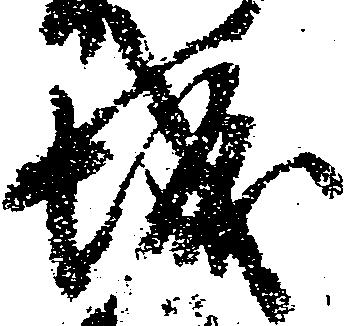
城